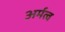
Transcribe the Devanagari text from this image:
अर्मत्व